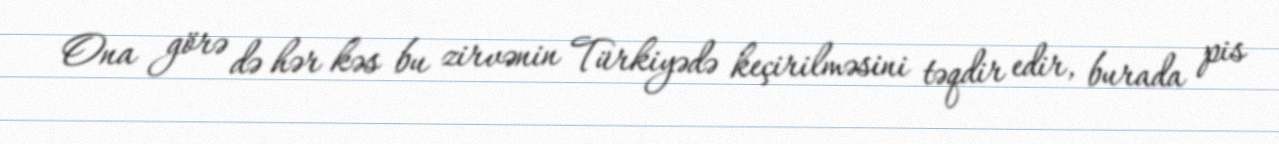
Ona görə də hər kəs bu zirvənin Türkiyədə keçirilməsini təqdir edir, burada pis